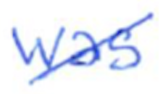
Text: was
Cross-out: diagonal
Writing tool: ballpoint